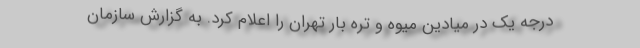
درجه یک در میادین میوه و تره بار تهران را اعلام کرد. به گزارش سازمان